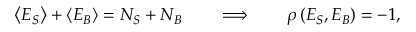
\left< E _ { S } \right> + \left< E _ { B } \right> = N _ { S } + N _ { B } \qquad \Longrightarrow \qquad \rho \, ( E _ { S } , E _ { B } ) = - 1 ,